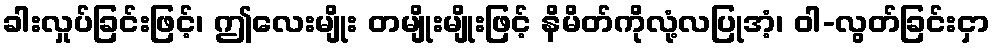
ခါးလှုပ်ခြင်းဖြင့်၊ ဤလေးမျိုး တမျိုးမျိုးဖြင့် နိမိတ်ကိုလုံ့လပြုအံ့၊ ဝါ-လွတ်ခြင်းငှာ